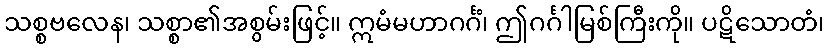
သစ္စဗလေန၊ သစ္စာ၏အစွမ်းဖြင့်။ ဣမံမဟာဂင်္ဂံ၊ ဤဂင်္ဂါမြစ်ကြီးကို။ ပဋိသောတံ၊